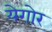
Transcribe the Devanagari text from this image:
येगोर